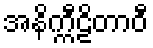
အနိက္ကီဠိတာဝီ